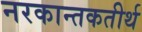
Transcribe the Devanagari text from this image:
नरकान्तकतीर्थ